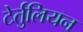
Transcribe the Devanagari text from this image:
टेर्तुलियन